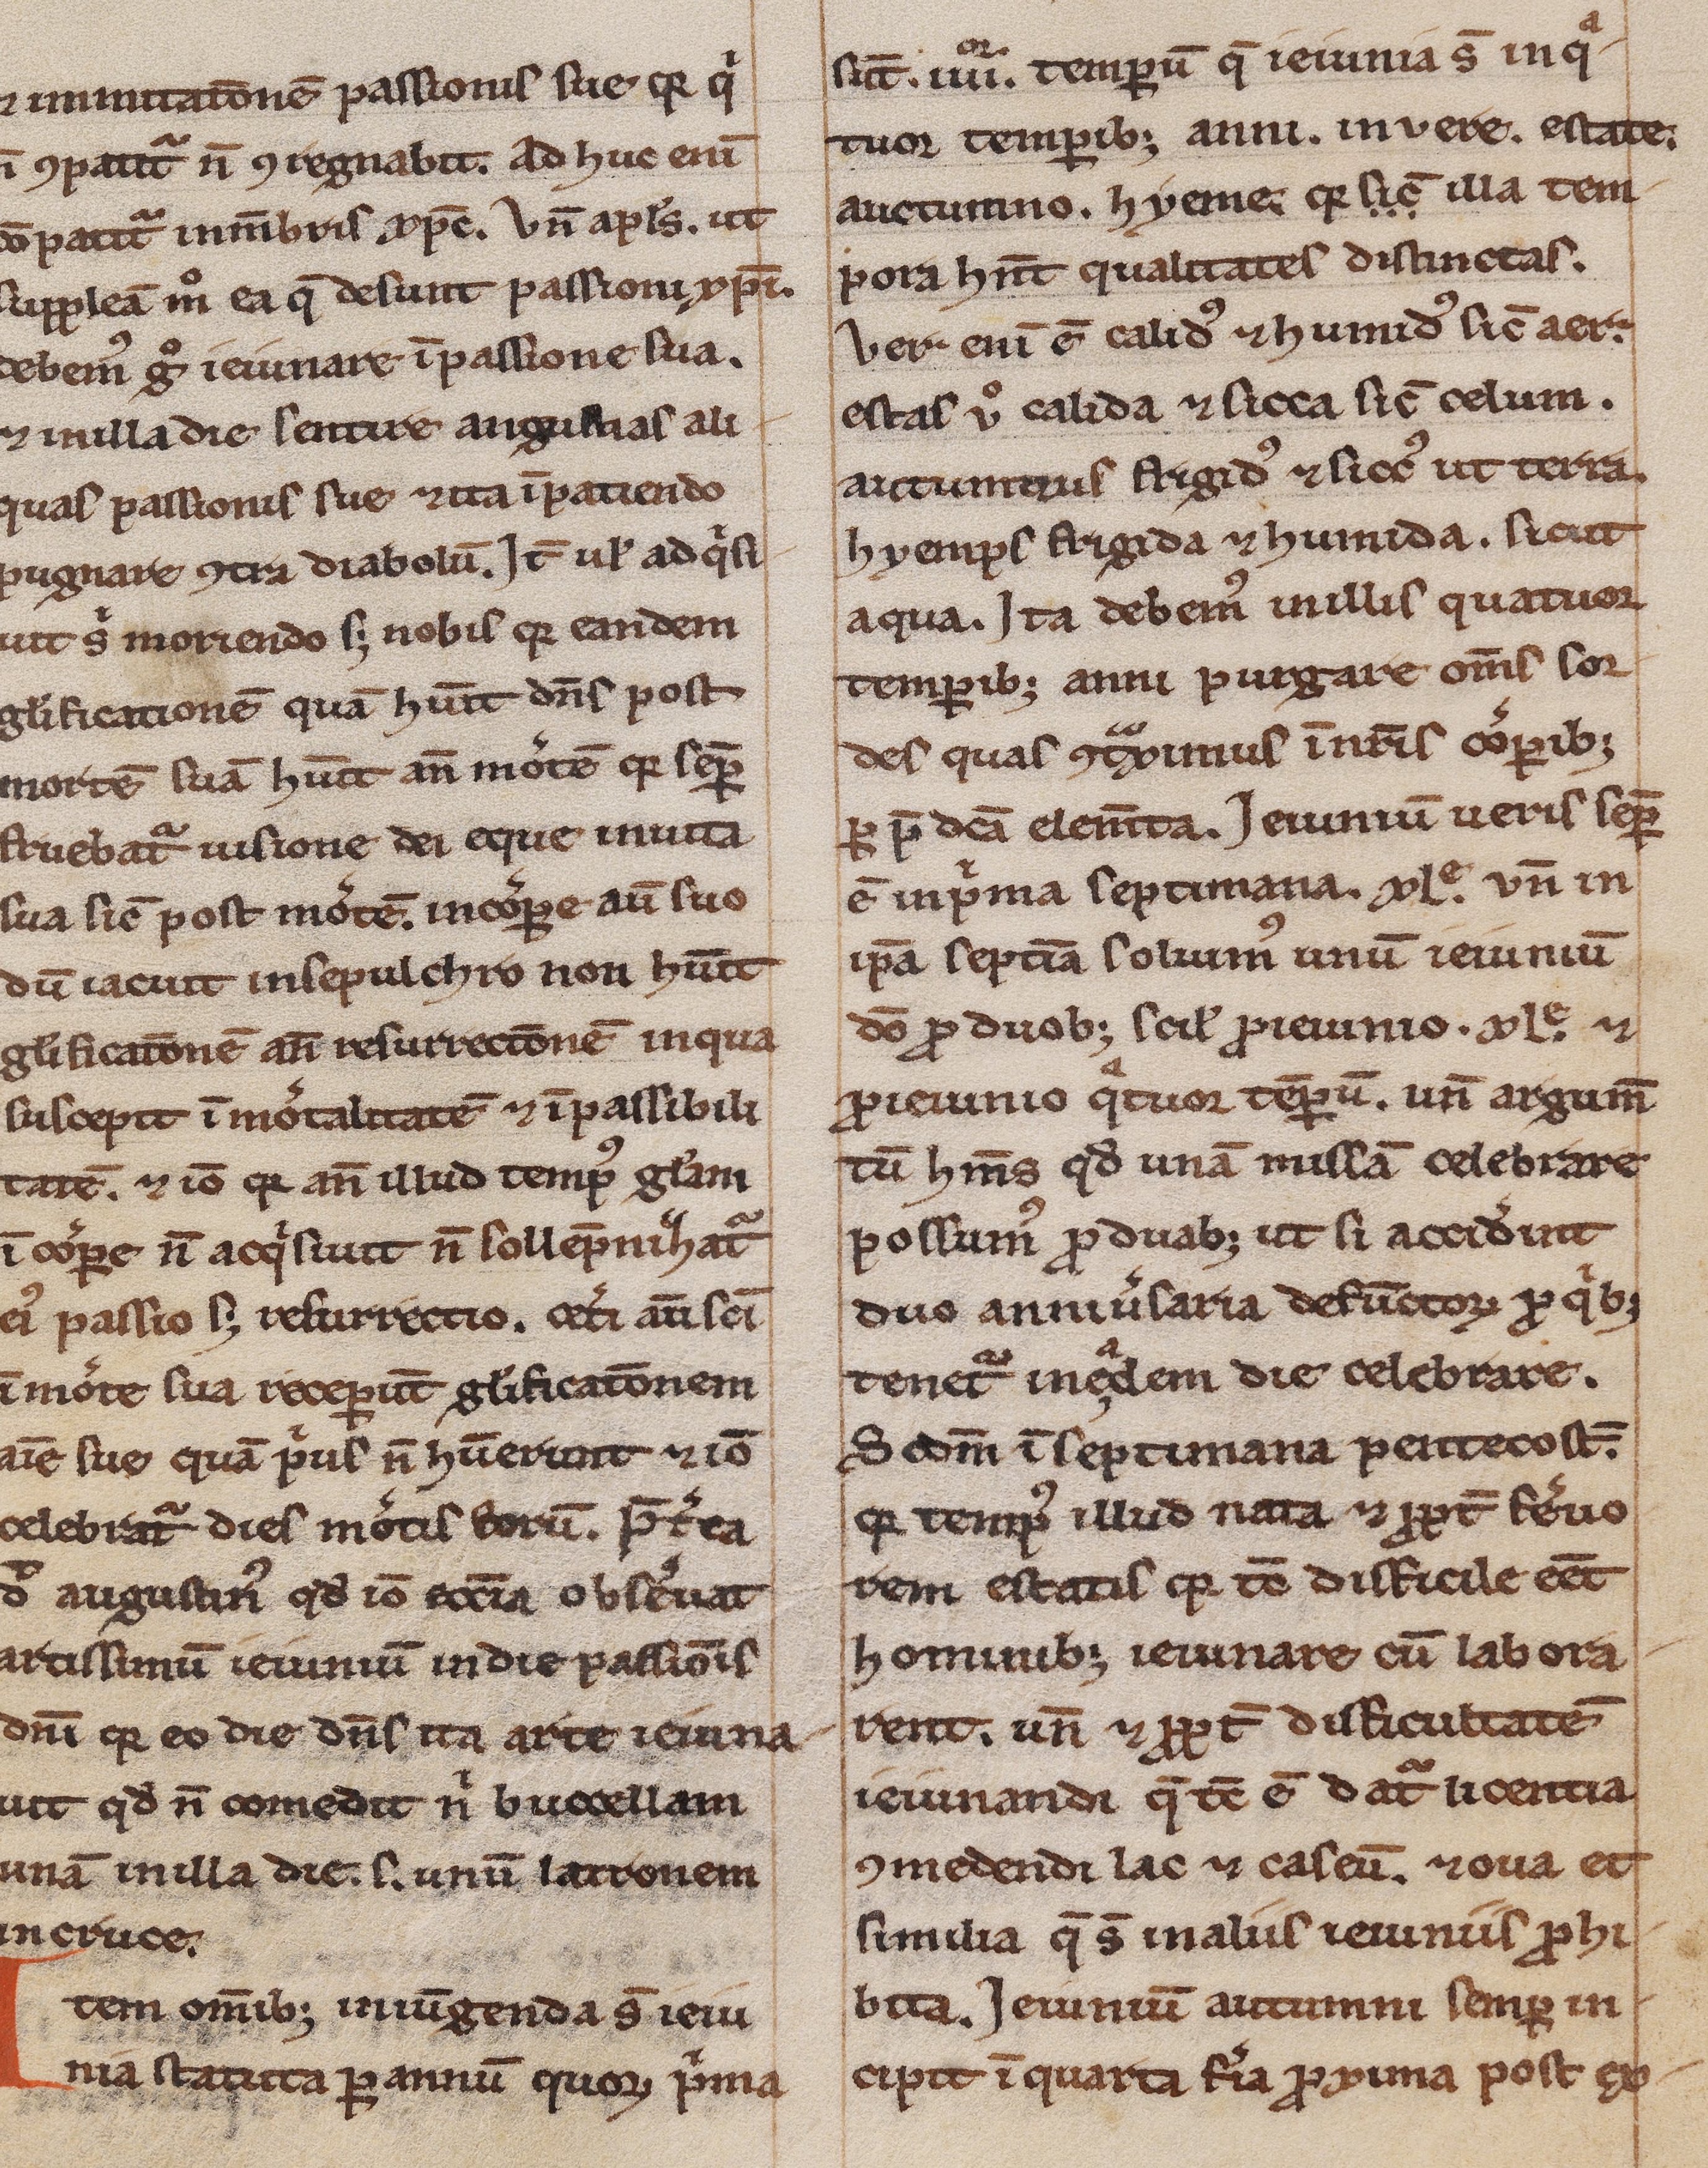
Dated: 1200–1249